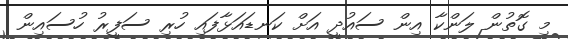
މި ގޮތުން ލަންކާ އިން ސައުދީ އަށް ކަނޑައަޅާފައި ހުރި ސަފީރު ހުސައިން